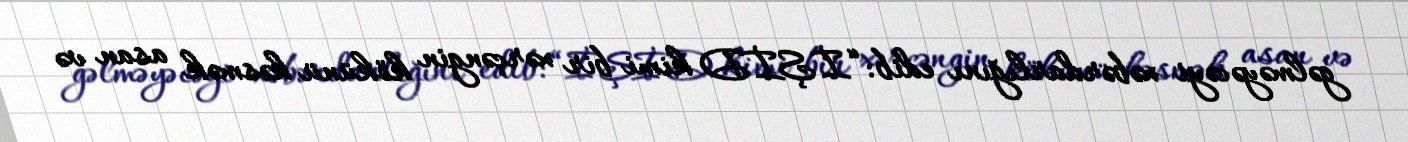
gəlməyəcəyi xəbərdarlığını edib: “İŞİD kimi bir xərçəngin kökünü kəsmək asan və